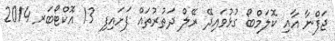
ޖަފްނާ އާއި ކޮލަމްބޯ ގުޅުވައިދޭ ރޭލް ދަތުރުތައް ފަށައިފި 13 އޮކްޓޯބަރ 2014